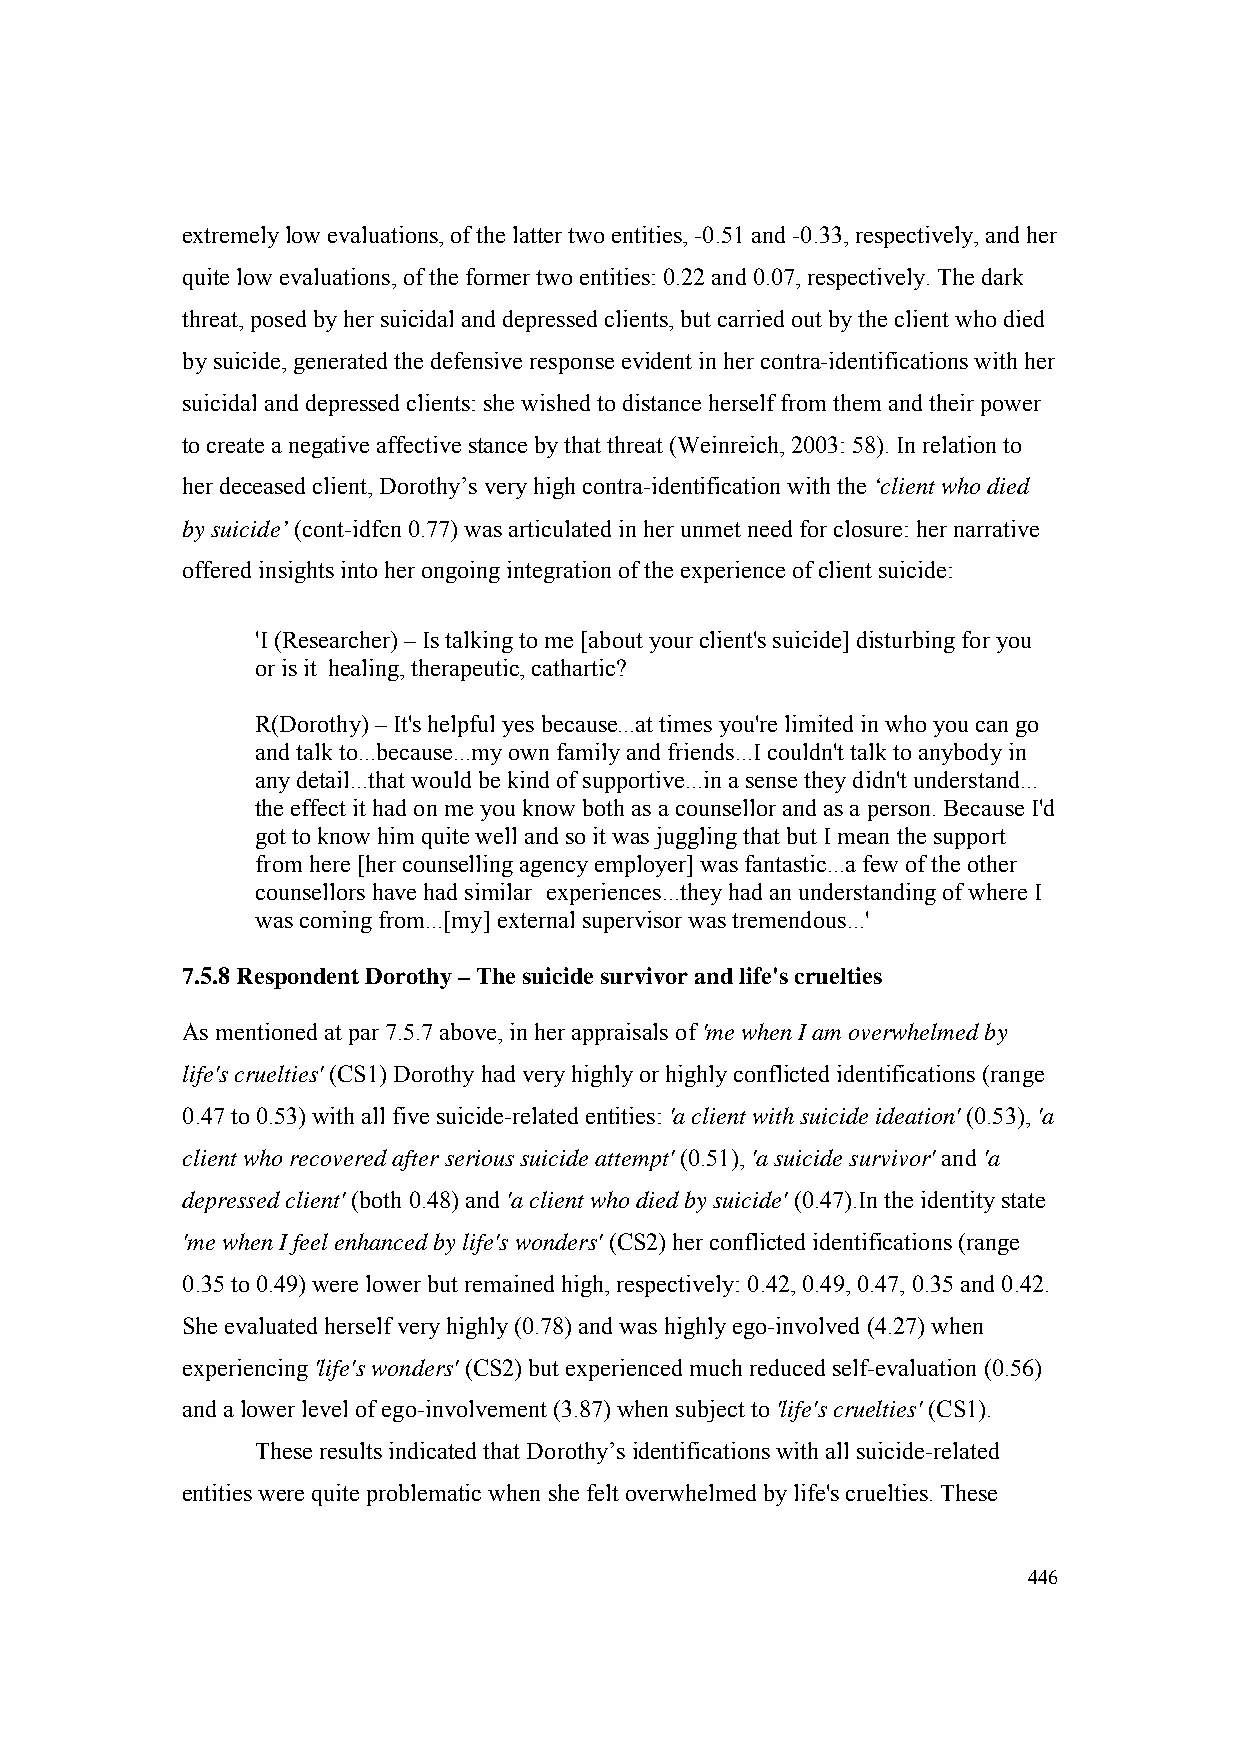
extremely low evaluations, of the latter two entities, -0.51 and -0.33, respectively, and her
 quite low evaluations, of the former two entities: 0.22 and 0.07, respectively. The dark
 threat, posed by her suicidal and depressed clients, but carried out by the client who died
 by suicide, generated the defensive response evident in her contra-identifications with her
 suicidal and depressed clients: she wished to distance herself from them and their power
 to create a negative affective stance by that threat (Weinreich, 2003: 58). In relation to
 her deceased client, Dorothy’s very high contra-identification with the ‘client who died
 by suicide’ (cont-idfcn 0.77) was articulated in her unmet need for closure: her narrative
 offered insights into her ongoing integration of the experience of client suicide:
 'I (Researcher) – Is talking to me [about your client's suicide] disturbing for you
 or is it healing, therapeutic, cathartic?
 R(Dorothy) – It's helpful yes because...at times you're limited in who you can go
 and talk to...because...my own family and friends...I couldn't talk to anybody in
 any detail...that would be kind of supportive...in a sense they didn't understand...
 the effect it had on me you know both as a counsellor and as a person. Because I'd
 got to know him quite well and so it was juggling that but I mean the support
 from here [her counselling agency employer] was fantastic...a few of the other
 counsellors have had similar experiences...they had an understanding of where I
 was coming from...[my] external supervisor was tremendous...'
 7.5.8 Respondent Dorothy – The suicide survivor and life's cruelties
 As mentioned at par 7.5.7 above, in her appraisals of 'me when I am overwhelmed by
 life's cruelties' (CS1) Dorothy had very highly or highly conflicted identifications (range
 0.47 to 0.53) with all five suicide-related entities: 'a client with suicide ideation' (0.53), 'a
 client who recovered after serious suicide attempt' (0.51), 'a suicide survivor' and 'a
 depressed client' (both 0.48) and 'a client who died by suicide' (0.47).In the identity state
 'me when I feel enhanced by life's wonders' (CS2) her conflicted identifications (range
 0.35 to 0.49) were lower but remained high, respectively: 0.42, 0.49, 0.47, 0.35 and 0.42.
 She evaluated herself very highly (0.78) and was highly ego-involved (4.27) when
 experiencing 'life's wonders' (CS2) but experienced much reduced self-evaluation (0.56)
 and a lower level of ego-involvement (3.87) when subject to 'life's cruelties' (CS1).
 These results indicated that Dorothy’s identifications with all suicide-related
 entities were quite problematic when she felt overwhelmed by life's cruelties. These
 446